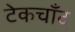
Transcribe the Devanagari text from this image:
टेकचाँद